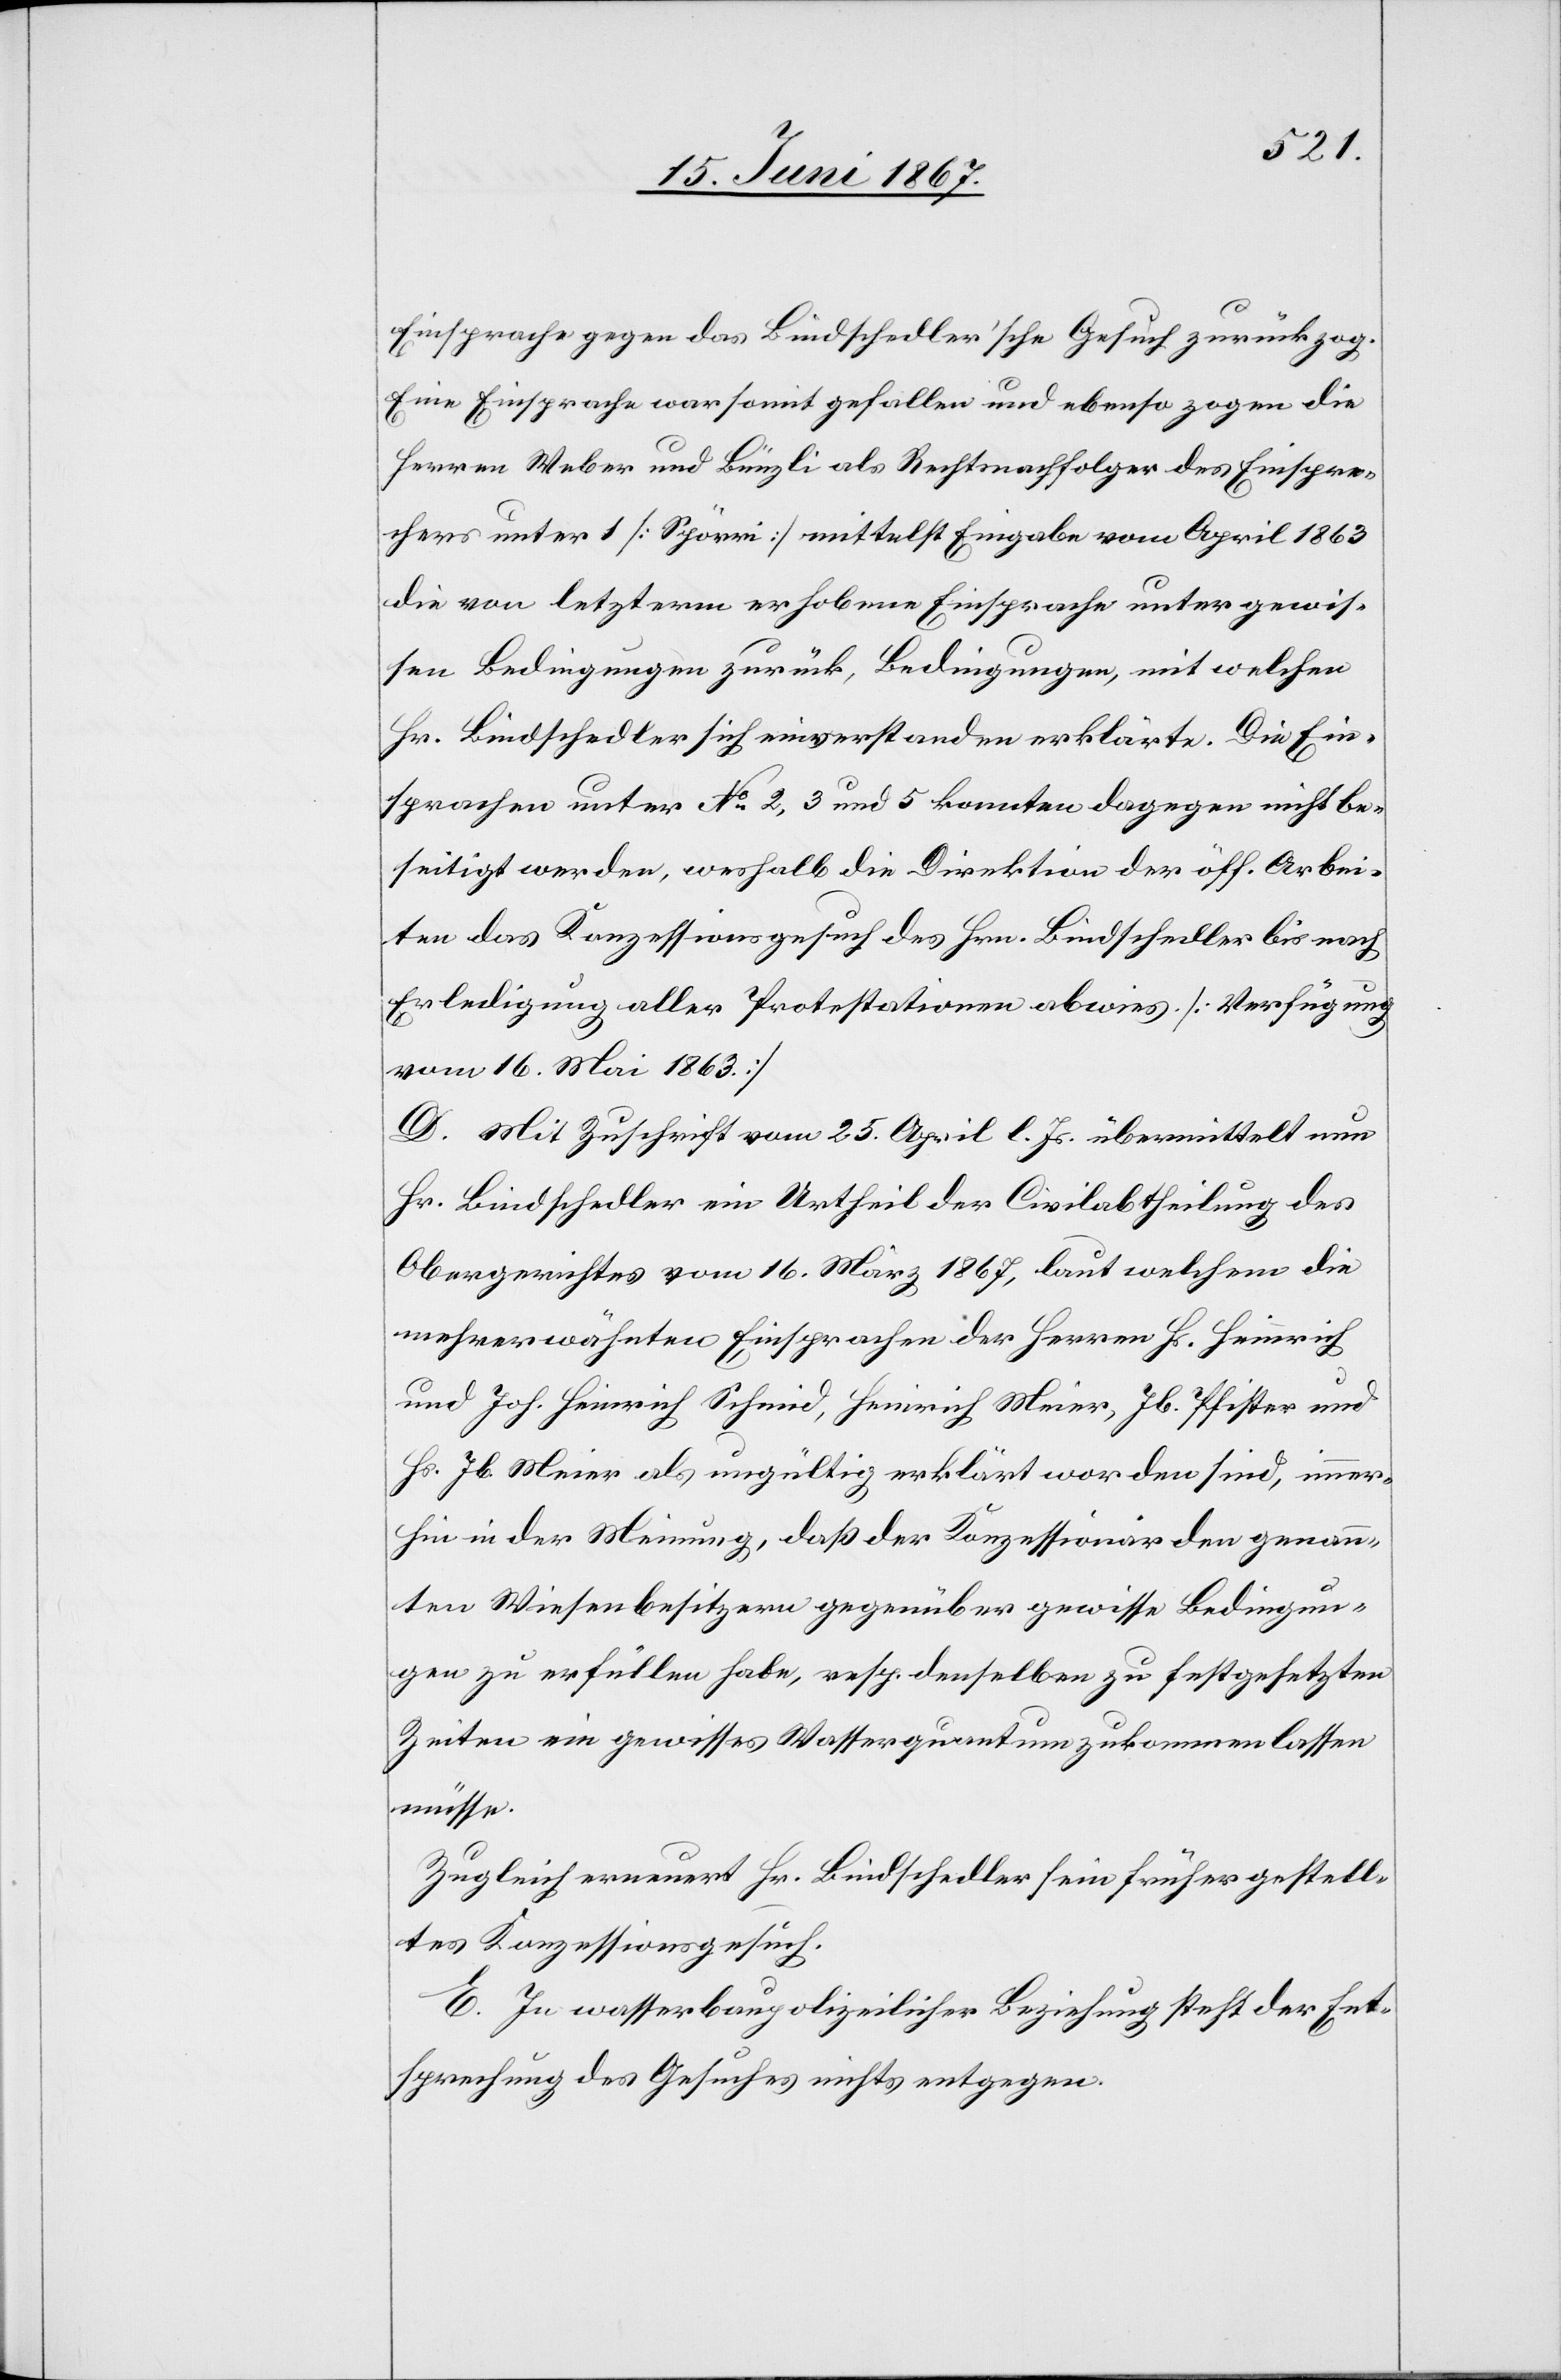
Einsprache gegen das Bindschedler’sche Gesuch zurückzog.
Eine Einsprache war somit gefallen und ebenso zogen die
Herren Weber und Bünzli als Rechtsnachfolger des Einspre¬
chers unter 1 [Spörri] mittelst Eingabe vom April 1863
die von letzterm erhobene Einsprache unter gewis¬
sen Bedingungen zurück, Bedingungen, mit welchen
Hr. Bindschedler sich einverstanden erklärte. Die Ein¬
sprachen unter No. 2, 3 und 5 konnten dagegen nicht be¬
seitigt werden, weshalb die Direktion der öff. Arbei¬
ten das Konzessionsgesuch des Hrn. Bindschedler bis nach
Erledigung aller Protestationen abwies. [Verfügung
vom 16. Mai 1863]
D. Mit Zuschrift vom 25. April l. Js. übermittelt nun
Hr. Bindschedler ein Urtheil der Civilabtheilung des
Obergerichtes vom 16. März 1867, laut welchem die
mehrerwähnten Einsprachen der Herren Hs. Heinrich
und Joh. Heinrich Schmid, Heinrich Meier, Jb. Pfister und
Hs. Jb. Meier als ungültig erklärt worden sind, immer¬
hin in der Meinung, daß der Konzessionär den genann¬
ten Wiesenbesitzern gegenüber gewisse Bedingun¬
gen zu erfüllen habe, resp. denselben zu festgesetzten
Zeiten ein gewisses Wasserquantum zukommen lassen
müsse.
Zugleich erneuert Hr. Bindschedler sein früher gestell¬
tes Konzessionsgesuch.
E. In wasserbaupolizeilicher Beziehung steht der Ent¬
sprechung des Gesuches nichts entgegen